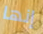
إنها